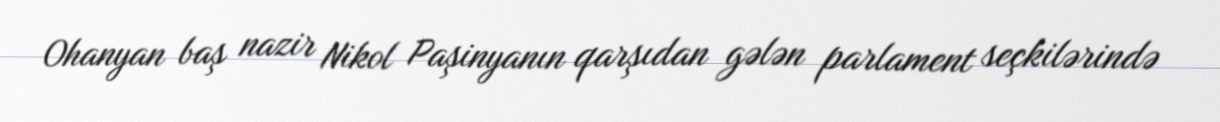
Ohanyan baş nazir Nikol Paşinyanın qarşıdan gələn parlament seçkilərində